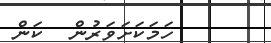
ހަމަކަށަވަރުން  ކަން